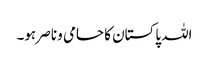
اللہ پاکستان کا حامی و ناصر ہو۔